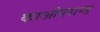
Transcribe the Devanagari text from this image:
काओप्लान्ड